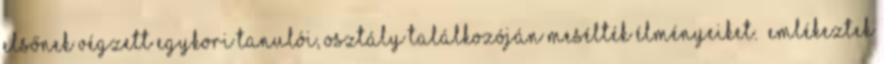
elsőnek végzett egykori tanulói, osztály találkozóján mesélték élményeiket. „Emlékeztek